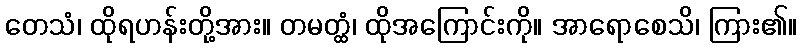
တေသံ၊ ထိုရဟန်းတို့အား။ တမတ္ထံ၊ ထိုအကြောင်းကို။ အာရောစေသိ၊ ကြား၏။